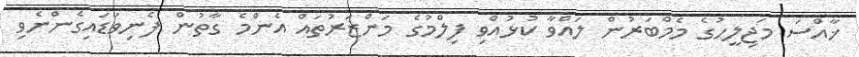
ޚާއްސަ މަޖިލީހުގެ މެމްބަރުން ލައްވާ ކުޅުއްވި ފިލްމުގެ މަންޒަރުތައް އެންމެ ގާތުން ފެނިވަޑައިގެންނެވި